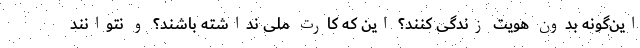
این‌گونه بدون هویت زندگی کنند؟ این که کارت ملی نداشته باشند؟ و نتوانند